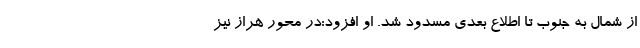
از شمال به جنوب تا اطلاع بعدی مسدود شد. او افزود:در محور هراز نیز